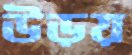
উড়য়